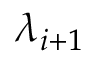
\lambda _ { i + 1 }